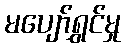
မပျော်ရွှင်မှု